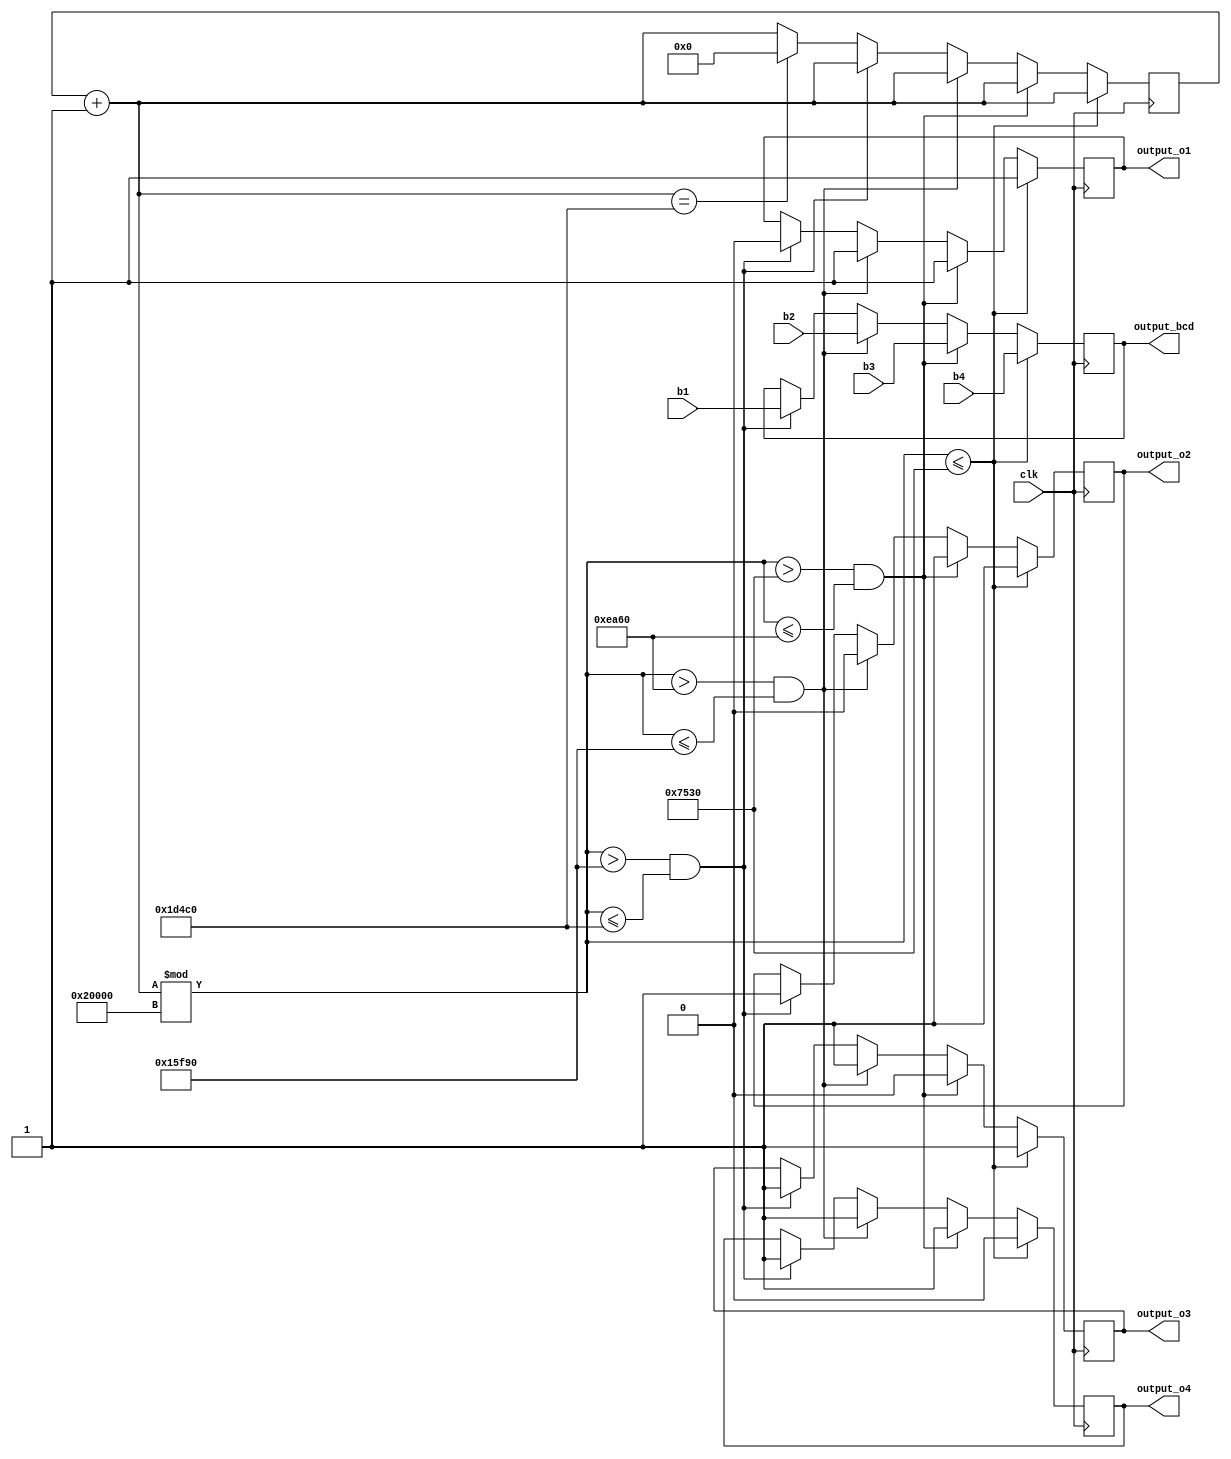
module display_module (
	input clk, // Clock
  	input [6:0] b1,b2,b3,b4, //For storing the bcd display
  	output output_o1,output_o2,output_o3,output_o4,
  	output [0:6] output_bcd
);

//Required values
reg o1,o2,o3,o4;
reg [0:6] bcd;
reg [63:0] display_count;//Clock counts

//Assigning values to the wires
assign output_o1=o1;
assign output_o2=o2;
assign output_o3=o3;
assign output_o4=o4;
assign output_bcd=bcd;

always @(posedge clk)
begin
	//Counter for the display
	display_count=display_count+1;
	if(display_count%131072<=30000)
	begin
		o1=1;
		o2=1;
		o3=1;
		o4=0;
		bcd=b4;
	end

	else if(display_count%131072>30000 & display_count%131072<=60000)
	begin
		o1=1;
		o2=1;
		o3=0;
		o4=1;
		bcd=b3;
	end

	else if(display_count%131072>60000 & display_count%131072<=90000 )
	begin
		o1=1;
		o2=0;
		o3=1;
		o4=1;
		bcd=b2;
	end

	else if(display_count%131072>90000 & display_count%131072<=120000 )
	begin
		o1=0;
		o2=1;
		o3=1;
		o4=1;
		bcd=b1;
	end

	//Reset the display_count on 120000 ticks
	else if(display_count==120000)
	begin
		display_count=0;
	end
end
endmodule